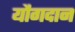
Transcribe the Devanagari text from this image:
यौगदान